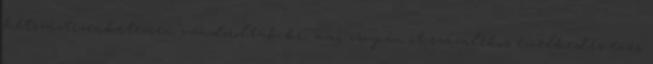
hétszáztizenkétezren vándoroltak ki, ami csupán öt százalékos emelkedés éves